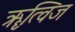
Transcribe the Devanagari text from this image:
ॠत्विज